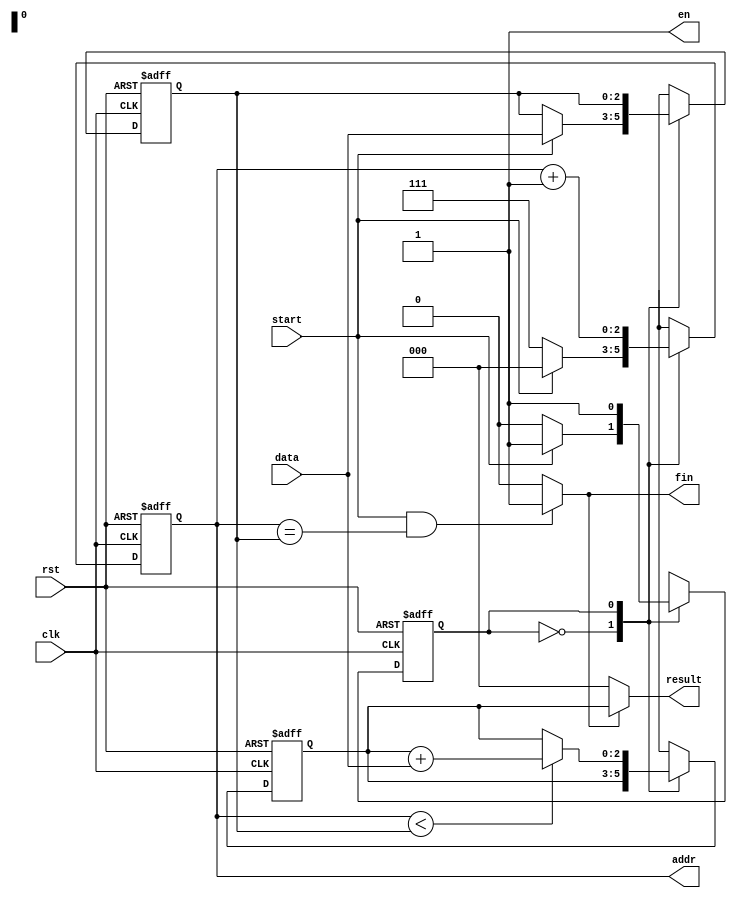
`define IDLE 1'd0
`define SUM 1'd1
module ADD(clk , rst , start , data , en , addr , fin , result);

    parameter datawidth = 3;
    parameter memwidth = 3;

    input clk , rst , start;
    input [datawidth - 1 : 0] data;
    output en , fin;
    output [memwidth - 1 : 0] addr;
    output [datawidth - 1 : 0] result;

    reg state , next_state;
    reg [memwidth - 1 : 0] num , next_num;
    reg [memwidth - 1 : 0] leng , next_leng;
    reg [datawidth - 1 : 0] ans , next_ans;

    always@(posedge rst or posedge clk)begin
        if(rst == 1'b1)begin
            state <= `IDLE;
            num <= 3'd7;
            leng <= 3'd0;
            ans <= 3'd0;
        end
        else begin
            state <= next_state;
            num <= next_num;
            leng <= next_leng;
            ans <= next_ans;
        end
    end

    always@(*)begin
        next_num = num + 3'd1;
        next_leng = leng;
        next_ans = ans;
        next_state = state;
        case(state)
            `IDLE:begin
                next_state = (start == 1'b1)? `SUM : `IDLE;
                next_num = (start == 1'b1)? 3'd0 : 3'd7;
                next_leng = (start == 1'b1)? data : leng;
            end
            `SUM:begin
                next_ans = (num < leng)? ans + data : ans;
            end
        endcase
    end

    assign en = 1'b1;
    assign addr = num;
    assign fin = (start == 1'b1 && num == leng)? 1'b1 : 1'b0;
    assign result = (fin == 1'b1)? ans : 3'd0;

endmodule